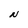
Character: N